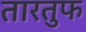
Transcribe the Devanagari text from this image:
तारतुफ